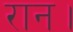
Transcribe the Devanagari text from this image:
रान।